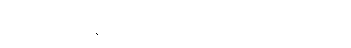
ပြီးတော့ စားစရာဗန်းကို စူလတန်ထံသို့ ယူလာခဲ့သည်။